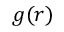
g ( r )